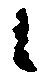
候